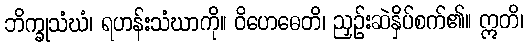
ဘိက္ခုသံဃံ၊ ရဟန်းသံဃာကို။ ဝိဟေဓေတိ၊ ညှဉ်းဆဲနှိပ်စက်၏။ ဣတိ၊